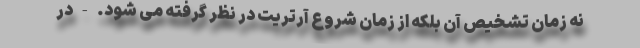
نه زمان تشخیص آن بلکه از زمان شروع آرتریت در نظر گرفته می شود. - در